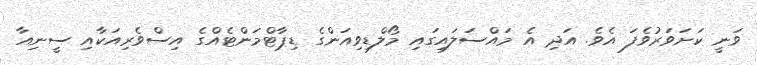
ވަނީ ކަށަވަރުވެފަ އެވެ. އަދި އެ މައްސަލައިގައި މޯލްޑިވިއަންގެ ޑިޕާޓްމަންޓެއްގެ އިސްވެރިއަކާއި ސީނިއާ